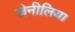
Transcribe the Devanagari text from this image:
जेनीलिया